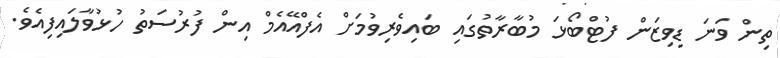
ތިން ވަނަ ޑިވިޒަން ފުޓްބޯޅަ މުބާރާތުގައި ބައިވެރިވުމަށް އެފްއޭއެމް އިން ފުރުސަތު ހުޅުވާލައިފިއެވެ.